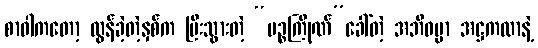
စာဝါကတော့ လွန်ခဲ့တဲ့နှစ်က ပြီးသွားတဲ့ “ပဉ္စကြိုဏ်”ခေါ်တဲ့ အဘိဓမ္မာ အဋ္ဌကထာနဲ့